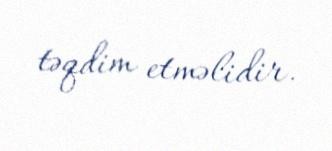
təqdim etməlidir.